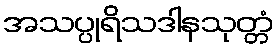
အသပ္ပုရိသဒါနသုတ္တံ